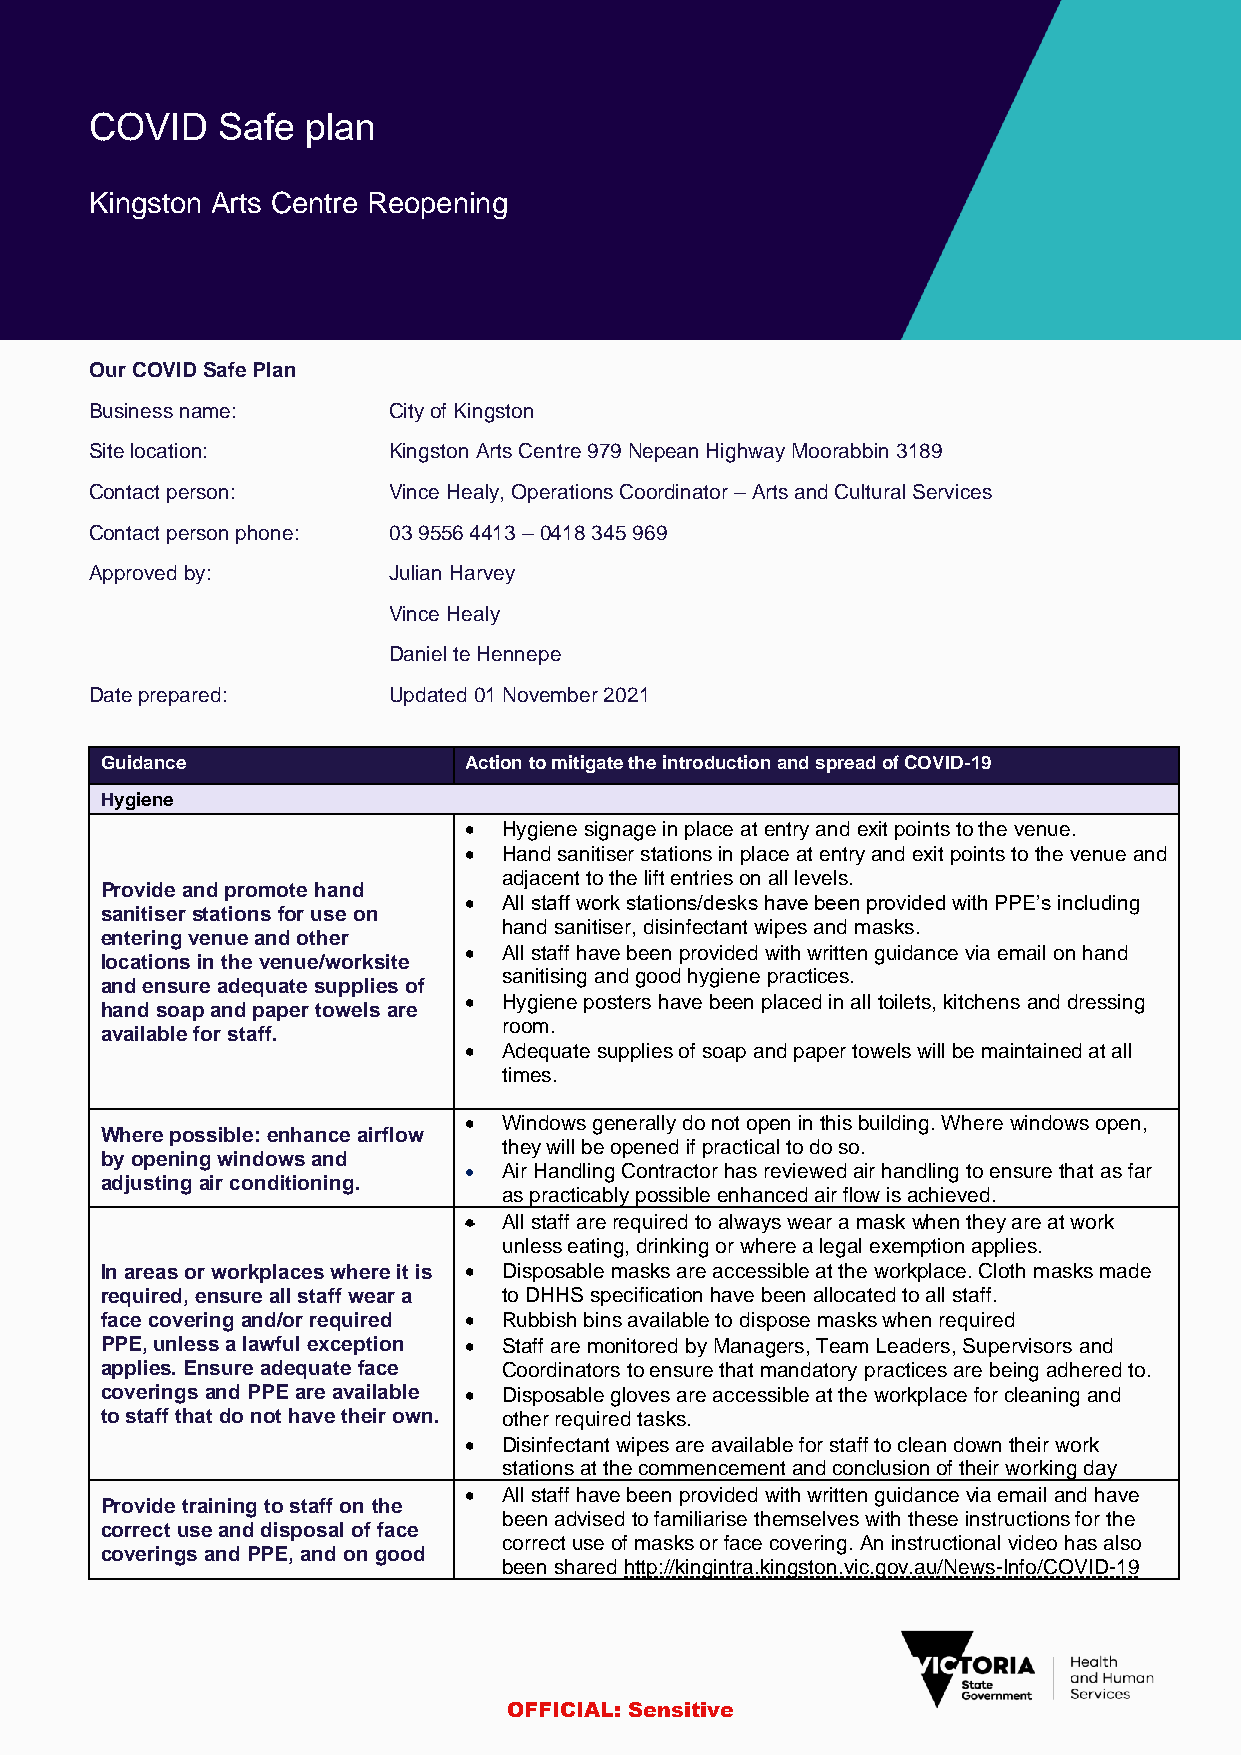
COVID   Safe  plan
 Kingston Arts Centre Reopening
 Our COVID Safe Plan
 Business name:      City of Kingston
 Site location:      Kingston Arts Centre 979 Nepean Highway Moorabbin 3189
 Contact person:     Vince Healy, Operations Coordinator – Arts and Cultural Services
 Contact person phone: 03 9556 4413 – 0418 345 969
 Approved by:        Julian Harvey
 Vince Healy
 Daniel te Hennepe
 Date prepared:      Updated 01 November 2021
 Guidance                Action to mitigate the introduction and spread of COVID-19
 Hygiene
 • Hygiene signage in place at entry and exit points to the venue.
 • Hand sanitiser stations in place at entry and exit points to the venue and
 adjacent to the lift entries on all levels.
 Provide and promote hand
 • All staff work stations/desks have been provided with PPE’s including
 sanitiser stations for use on
 hand sanitiser, disinfectant wipes and masks.
 entering venue and other
 • All staff have been provided with written guidance via email on hand
 locations in the venue/worksite
 sanitising and good hygiene practices.
 and ensure adequate supplies of
 • Hygiene posters have been placed in all toilets, kitchens and dressing
 hand soap and paper towels are
 room.
 available for staff.
 • Adequate supplies of soap and paper towels will be maintained at all
 times.
 • Windows generally do not open in this building. Where windows open,
 Where possible: enhance airflow
 they will be opened if practical to do so.
 by opening windows and
 • Air Handling Contractor has reviewed air handling to ensure that as far
 adjusting air conditioning.
 as practicably possible enhanced air flow is achieved.
 • All staff are required to always wear a mask when they are at work
 unless eating, drinking or where a legal exemption applies.
 In areas or workplaces where it is • Disposable masks are accessible at the workplace. Cloth masks made
 required, ensure all staff wear a to DHHS specification have been allocated to all staff.
 face covering and/or required • Rubbish bins available to dispose masks when required
 PPE, unless a lawful exception • Staff are monitored by Managers, Team Leaders, Supervisors and
 applies. Ensure adequate face Coordinators to ensure that mandatory practices are being adhered to.
 coverings and PPE are available • Disposable gloves are accessible at the workplace for cleaning and
 to staff that do not have their own. other required tasks.
 • Disinfectant wipes are available for staff to clean down their work
 stations at the commencement and conclusion of their working day
 • All staff have been provided with written guidance via email and have
 Provide training to staff on the
 been advised to familiarise themselves with these instructions for the
 correct use and disposal of face
 correct use of masks or face covering. An instructional video has also
 coverings and PPE, and on good
 been shared http://kingintra.kingston.vic.gov.au/News-Info/COVID-19
 OFFICIAL: Sensitive